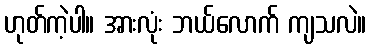
ဟုတ်ကဲ့ပါ။ အားလုံး ဘယ်လောက် ကျသလဲ။